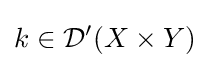
k\in {\mathcal {D}}'(X\times Y)